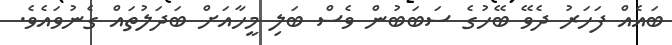
ބައެއް ފަހަރު ދެވޭ ބޭހުގެ ސަބަބުން ވެސް ބަލި މީހާއަށް ބަދަލުތައް ގެނުވައެވެ.